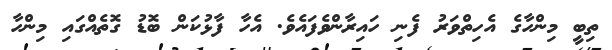
ތިބީ މިންހާގެ އެހިތްވަރު ފެނި ހައިރާންވެފައެވެ. އެހާ ފާޅުކަން ބޮޑު ގޮތެއްގައި މިންހާ